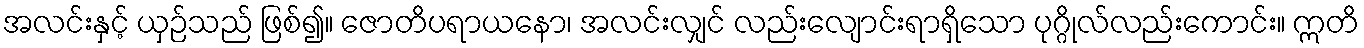
အလင်းနှင့် ယှဉ်သည် ဖြစ်၍။ ဇောတိပရာယနော၊ အလင်းလျှင် လည်းလျောင်းရာရှိသော ပုဂ္ဂိုလ်လည်းကောင်း။ ဣတိ